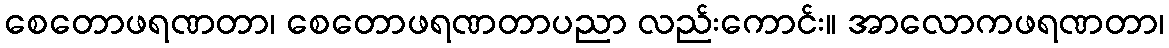
စေတောဖရဏတာ၊ စေတောဖရဏတာပညာ လည်းကောင်း။ အာလောကဖရဏတာ၊